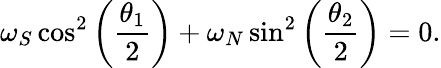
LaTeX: \omega_{S}\cos^{2}\left(\frac{\theta_{1}}{2}\right)+\omega_{N}\sin^{2}\left(\frac{\theta_{2}}{2}\right)=0.